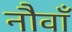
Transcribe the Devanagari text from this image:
नौवॉं